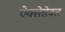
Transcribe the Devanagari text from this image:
ऐक्सेसेबल